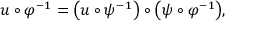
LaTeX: u \circ \varphi ^ { - 1 } = { \big ( } u \circ \psi ^ { - 1 } { \big ) } \circ { \big ( } \psi \circ \varphi ^ { - 1 } { \big ) } ,